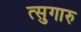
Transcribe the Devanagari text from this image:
त्सुगारु